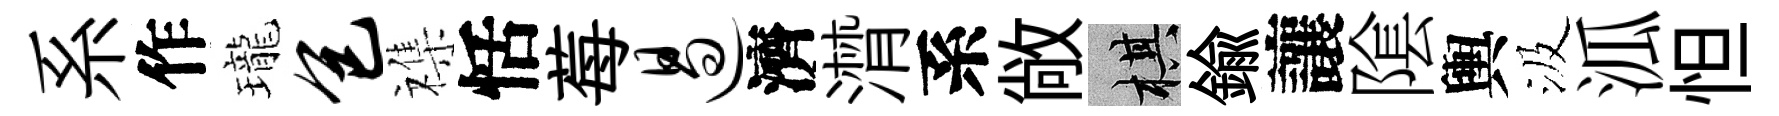
系作瓏包襍恬莓遏濟潸系敞棋鍮讓隂輿汲泒怛